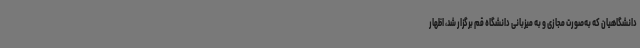
دانشگاهیان که به‌صورت مجازی و به میزبانی دانشگاه قم برگزار شد، اظهار